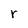
Character: r